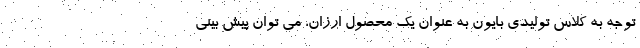
توجه به کلاس تولیدی بایون به عنوان یک محصول ارزان، می توان پیش بینی